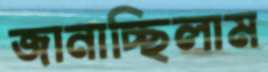
জানাচ্ছিলাম